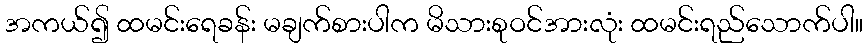
အကယ်၍ ထမင်းရေခန်း မချက်စားပါက မိသားစုဝင်အားလုံး ထမင်းရည်သောက်ပါ။